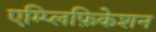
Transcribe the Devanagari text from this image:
एम्प्लिफ़िकेशन